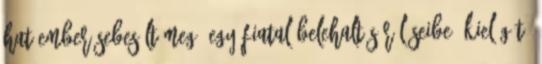
hat ember sebesült meg. Egy fiatal belehalt sérüléseibe. Kielégítő